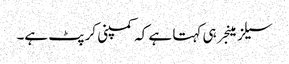
سیلز مینجر ہی کہتا ہے کہ کمپنی کرپٹ ہے۔